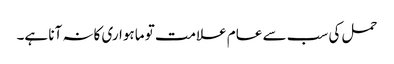
حمل کی سب سے عام علامت تو ماہواری کانہ آنا ہے۔